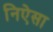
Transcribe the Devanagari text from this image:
निऐसा